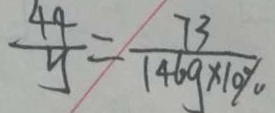
\frac { 4 4 } { y } = \frac { 7 3 } { 1 4 6 g \times 1 0 \% }